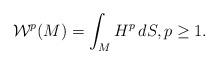
LaTeX: \begin{align*} \mathcal{W}^p(M) = \int_M H^p \, dS, p\geq 1.\end{align*}